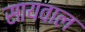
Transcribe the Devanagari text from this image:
सायवाल